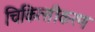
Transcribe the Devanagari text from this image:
चिकित्सीकरण